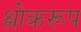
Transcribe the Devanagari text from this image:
श्लोकरूप